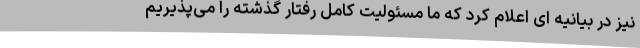
نیز در بیانیه ای اعلام کرد که ما مسئولیت کامل رفتار گذشته را می‌پذیریم